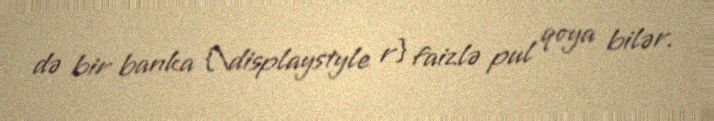
də bir banka {\displaystyle r} faizlə pul qoya bilər.